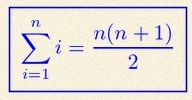
\sum_{i=1}^{n}i=\frac{n(n+1)}2